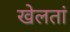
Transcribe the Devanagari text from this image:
खेलतां